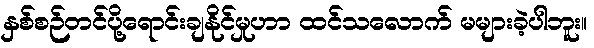
နှစ်စဉ်တင်ပို့ရောင်းချနိုင်မှုဟာ ထင်သလောက် မများခဲ့ပါဘူး။